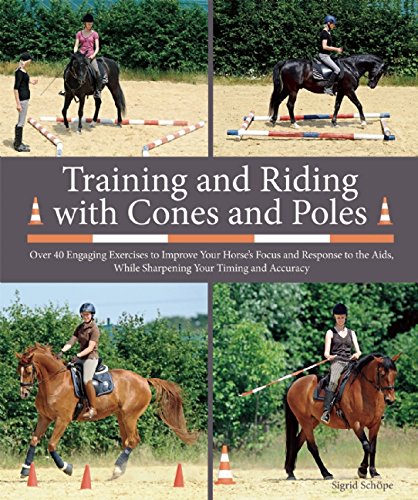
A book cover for Training and Riding with Cones and Poles: Over 35 Engaging Exercises to Improve Your Horse's Focus and Response to the Aids, While Sharpening Your Timing and Accuracy; Sigrid SchÃ¶pe; Sports & Outdoors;